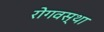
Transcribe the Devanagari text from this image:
रोगवस्था